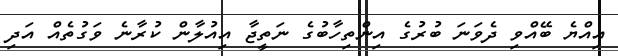
އިއްޔެ ބޭއްވި ދެވަނަ ބުރުގެ އިންތިހާބުގެ ނަތީޖާ އިއުލާން ކުރާނެ ވަގުތެއް އަދި